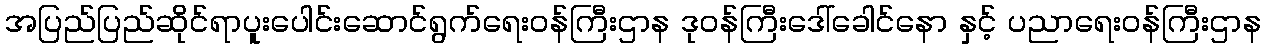
အပြည်ပြည်ဆိုင်ရာပူးပေါင်းဆောင်ရွက်ရေးဝန်ကြီးဌာန ဒုဝန်ကြီးဒေါ်ခေါင်နော နှင့် ပညာရေးဝန်ကြီးဌာန